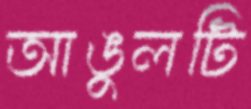
আঙুলটি